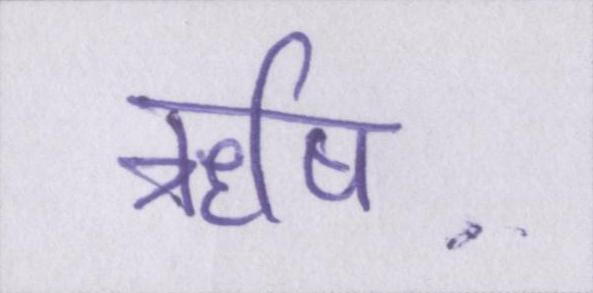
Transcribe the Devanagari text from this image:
ऋषि